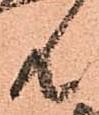
共